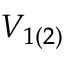
V _ { 1 ( 2 ) }